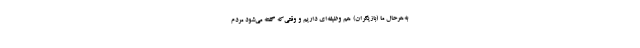
به‌هرحال ما (بازیگران) هم وظیفه‌ای داریم و وقتی‌که گفته می‌شود مردم